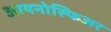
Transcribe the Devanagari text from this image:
आयनोस्फिअर